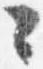
々